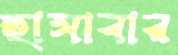
হাসাবার